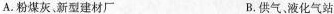
A. 粉煤灰、新型建材厂 B. 供气、液化气站